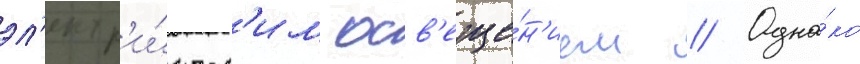
эл'ектр'и́ческ'им осв'еще́н'ием // Одна́ко